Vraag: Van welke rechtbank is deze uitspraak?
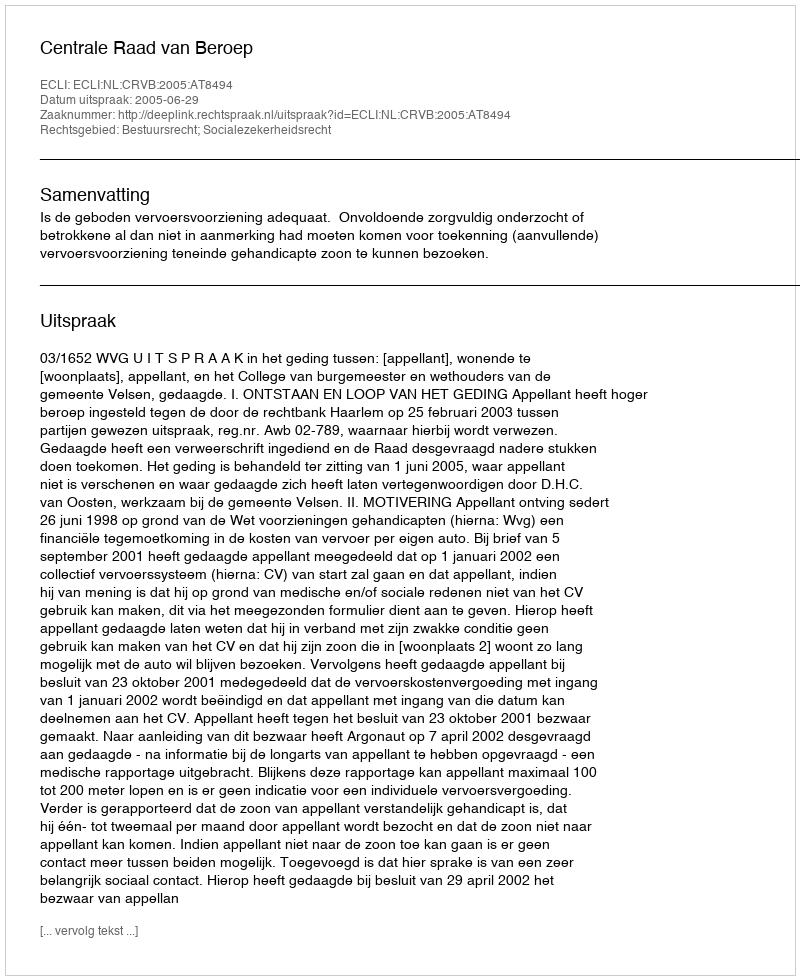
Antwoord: Centrale Raad van Beroep